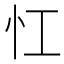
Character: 𢖷